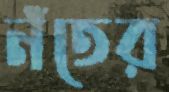
নঁতের